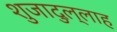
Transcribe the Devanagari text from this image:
शुजादुल्लाह